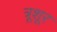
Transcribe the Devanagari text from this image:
त्रूशूर